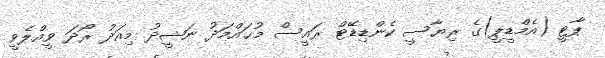
ޕާޓީ (އެމްޑީޕީ)ގެ ރިޔާސީ ކެންޑިޑޭޓް ރައީސް މުޙައްމަދު ނަޝީދު މިއަދު ރޯދަ ވީއްލެވީ